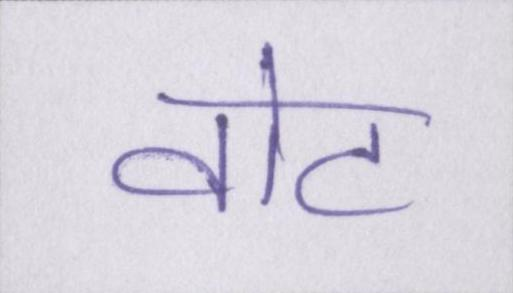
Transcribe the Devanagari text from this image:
वोट